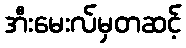
အီးမေးလ်မှတဆင့်